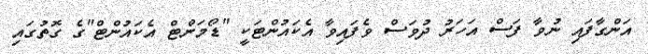
އަންގާފައި ނުވާ ފަސް އަހަރު ދުވަސް ވެފައިވާ އެކައުންޓަކީ "ޑޯމަންޓް އެކައުންޓް"ގެ ގޮތުގައި